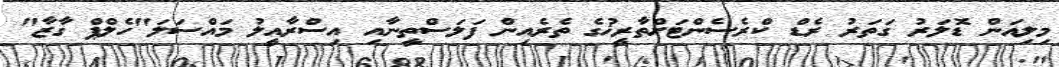
މިލިއަން ޑޮލަރު ގަތަރު ރެޑް ކްރެސެންޓަށްތާރީޚުގެ ތެރެއިން ފަލަސްތީނާއި އިސްރާއީލު މައްސަލަ"ހެލްޕް ގާޒާ"